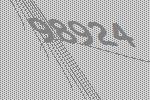
98924